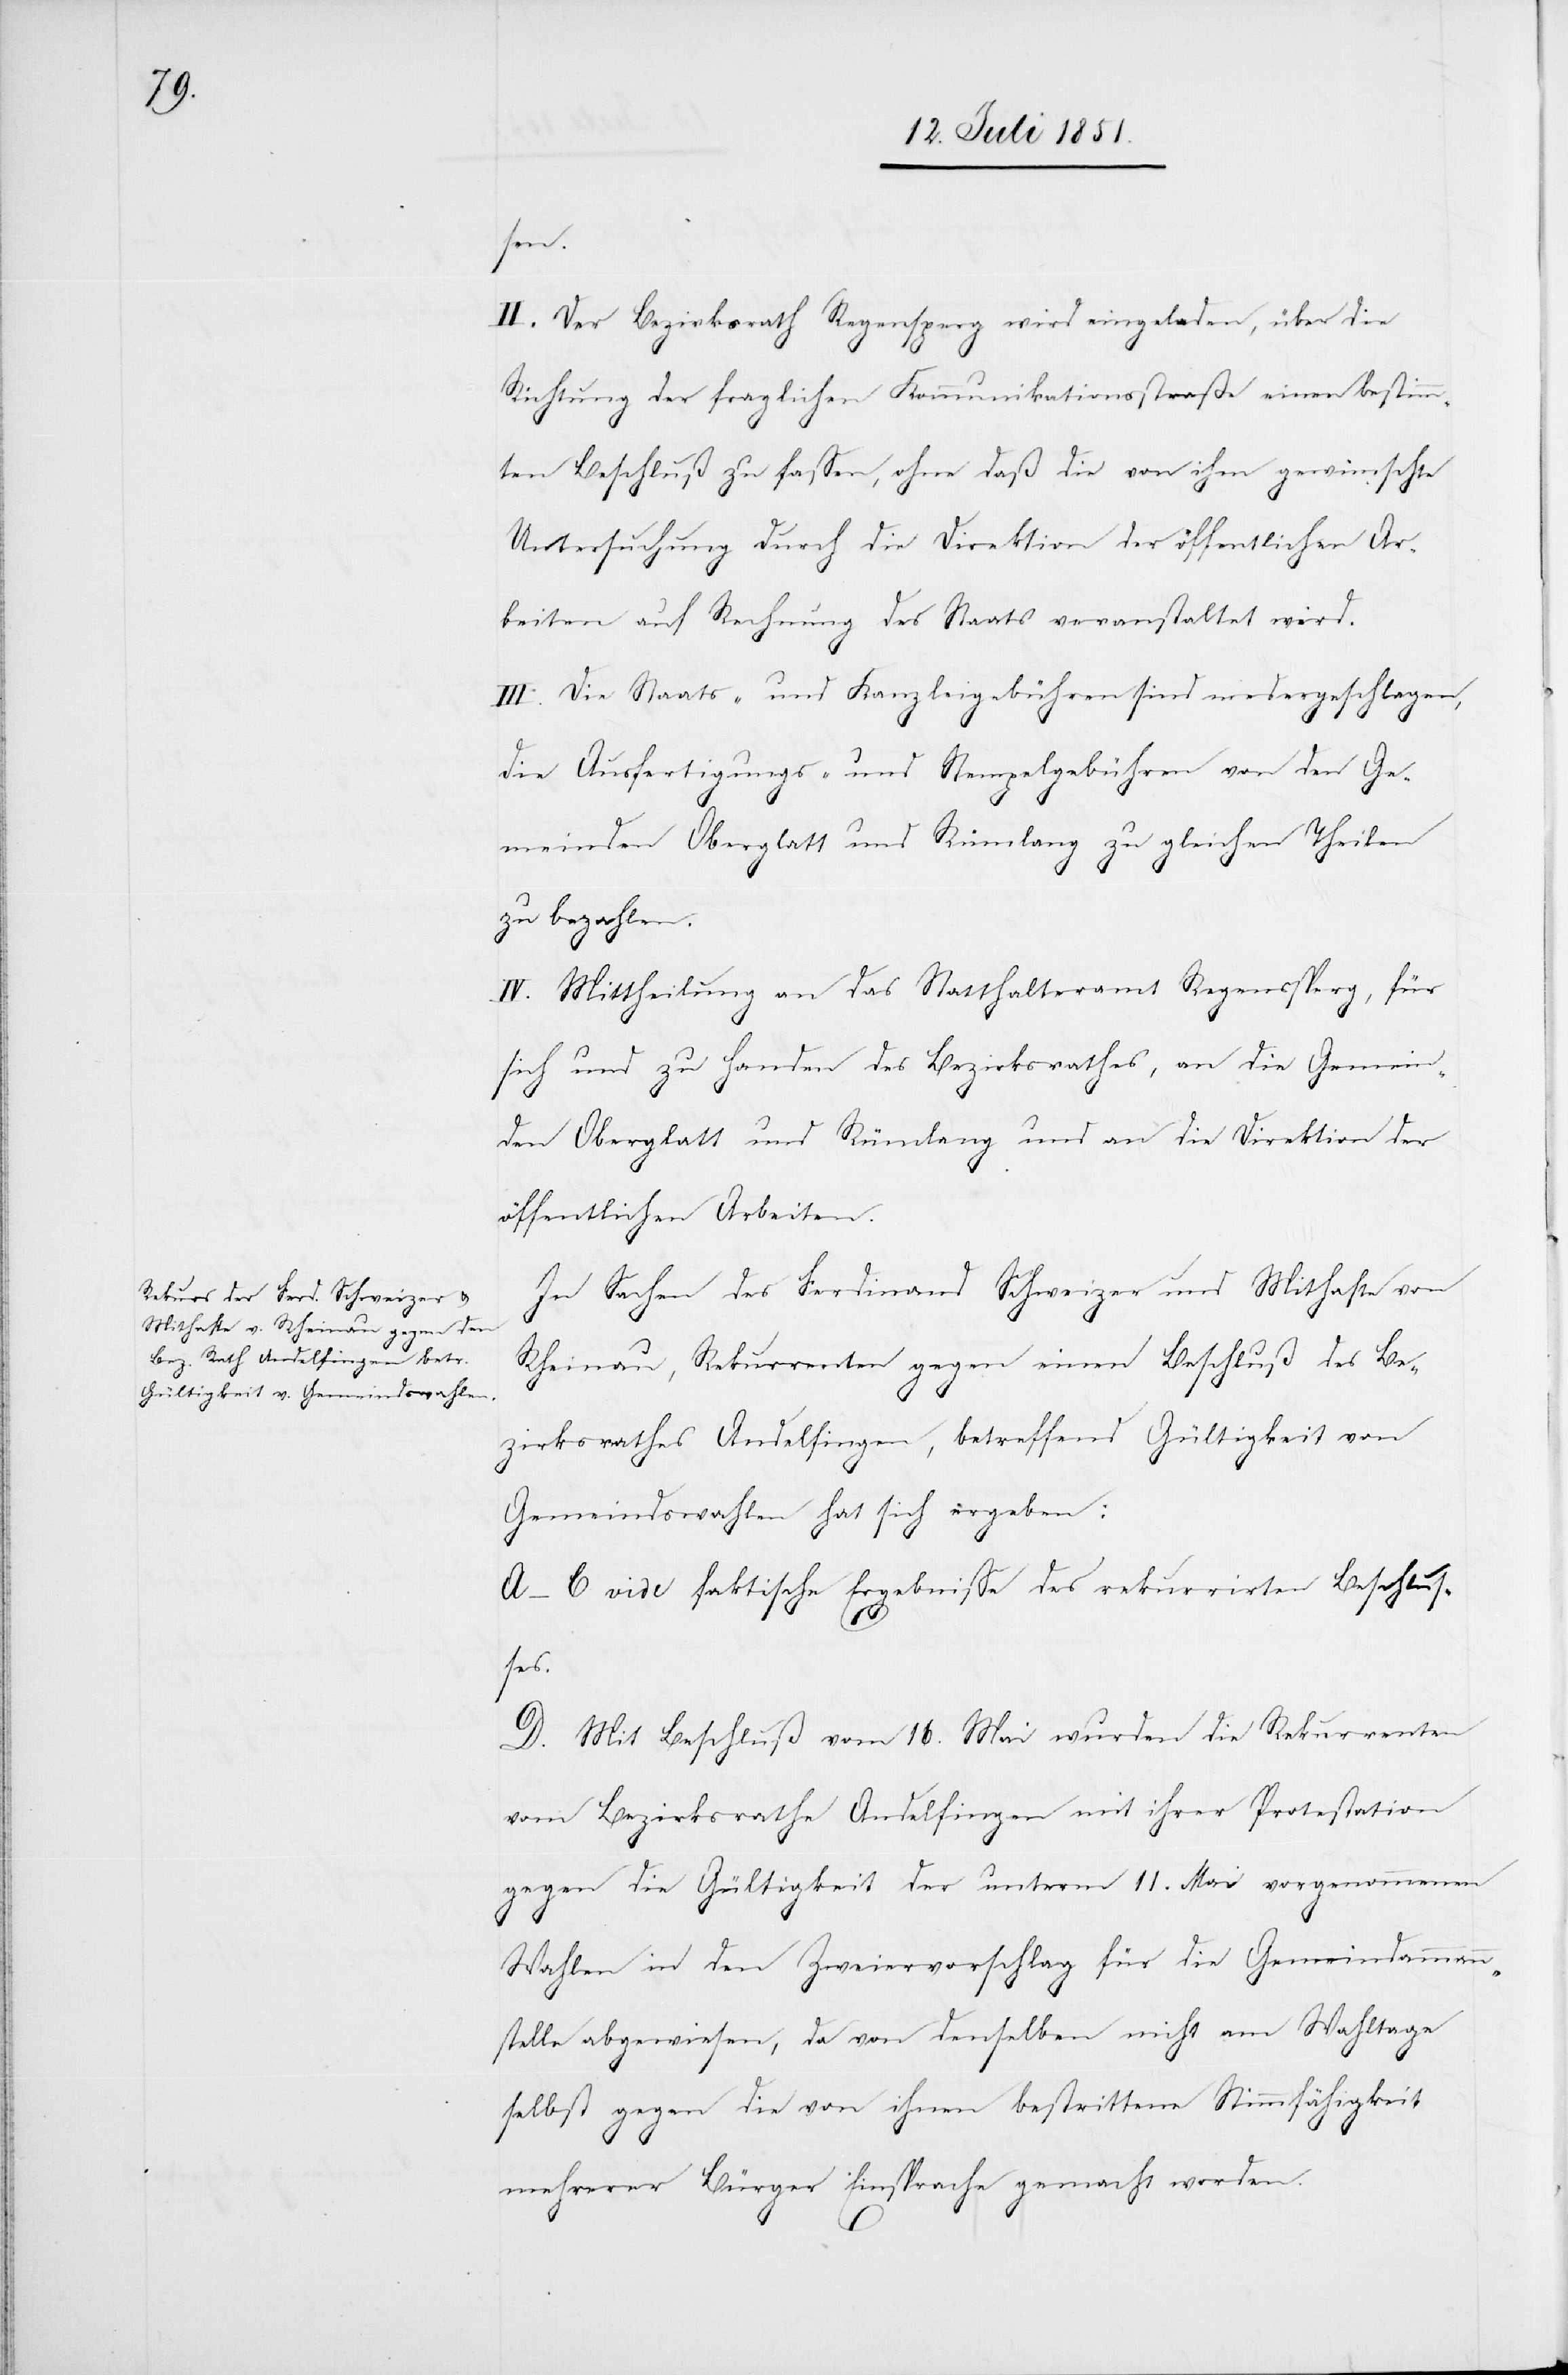
In Sachen des Ferdinand Schweizer und Mithafte von
Rheinau, Rekurrenten gegen einen Beschluß des Be¬
zirksrathes Andelfingen, betreffend Gültigkeit von
Gemeindswahlen hat sich ergeben:
A–C vide faktische Ergebnisse des rekurrirten Beschlus¬
ses.
D. Mit Beschluß vom 16. Mai wurden die Rekurrenten
vom Bezirksrathe Andelfingen mit ihrer Protestation
gegen die Gültigkeit der unterm 11. Mai vorgenommenen
Wahlen in den Zweiervorschlag für die Gemeindammann¬
stelle abgewiesen, da von denselben nicht am Wahltage
selbst gegen die von ihnen bestrittene Stimmfähigkeit
mehrerer Bürger Einsprache gemacht worden.